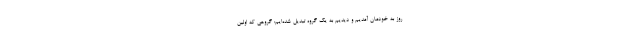
روز به خودمان آمدیم و دیدیم به یک گروه تبدیل شده‌ایم: گروهی که اولین